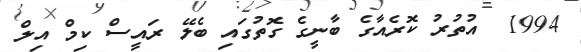
1994  އުތުރު ކޮރެއާގެ ބާނީގެ ގޮތުގައި ބެލޭ ރައީސް ކިމް އިލް